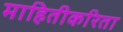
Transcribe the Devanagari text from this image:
माहितीकरिता